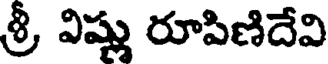
శ్రీ విష్ణు రూపిణిదేవి